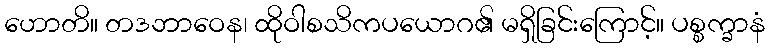
ဟောတိ။ တဒဘာဝေန၊ ထိုဝါစသိကပယောဂ၏ မရှိခြင်းကြောင့်။ ပစ္စက္ခာနံ